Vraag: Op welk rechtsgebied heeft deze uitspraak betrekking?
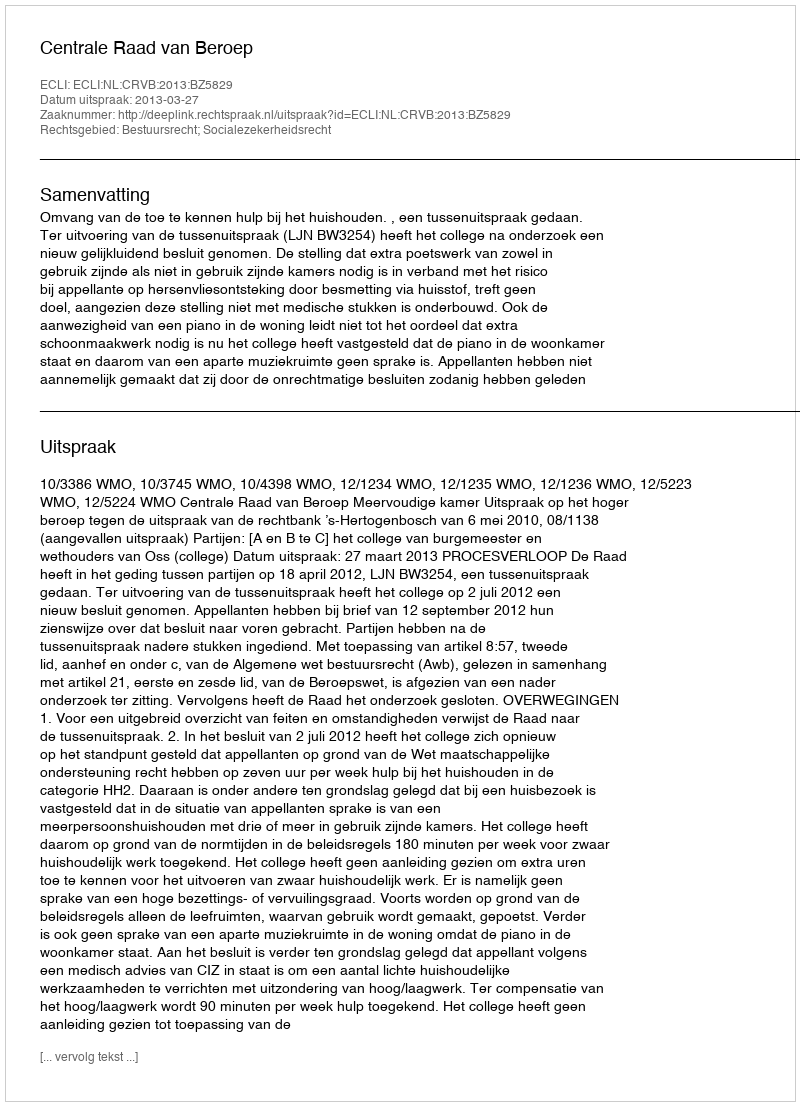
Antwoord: Bestuursrecht; Socialezekerheidsrecht